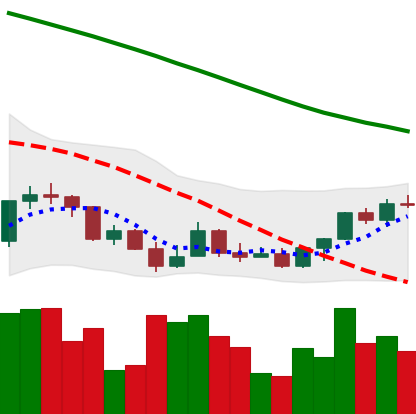
Ticker: LINK-USD
Chart end date: 2022-03-19
Forward return: 7.99%
Label: up_7plus